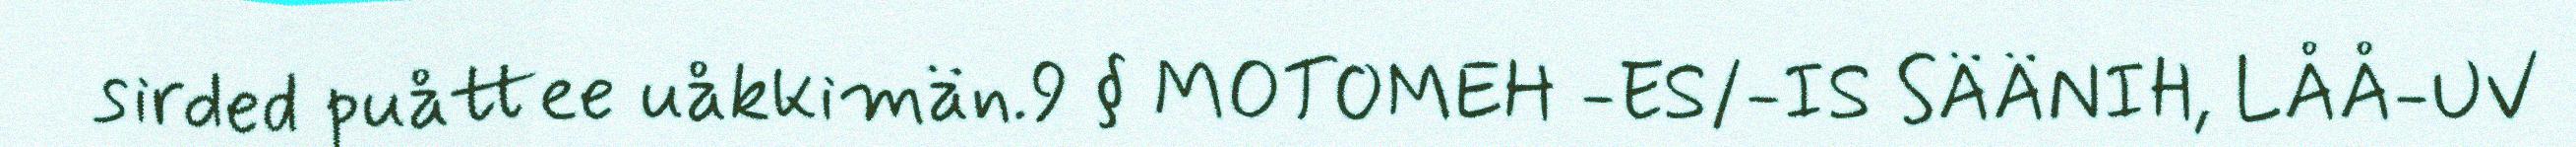
sirded puåttee uåkkimän.9 § MOTOMEH -ES/-IS SÄÄNIH, LÅÅ-UV